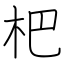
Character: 杷